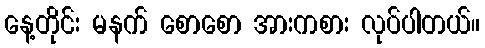
နေ့တိုင်း မနက် စောစော အားကစား လုပ်ပါတယ်။